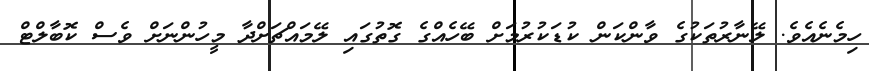
ހިމެނެއެވެ. ލޭނާރުތަކުގެ ވާންކަން ކުޑަކުރުމަށް ބޭހެއްގެ ގޮތުގައި ލޭމައްޗަށްދާ މީހުންނަށް ވެސް ކޮބާލްޓް